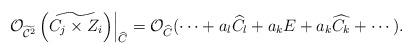
LaTeX: \begin{align*}\left. \mathcal{O}_{\widetilde{\mathcal{C}^{2}}}\left( \widetilde{C_{j}\times Z_{i}}\right) \right\vert _{\widehat{C}}=\mathcal{O}_{\widehat{C}}(\cdots+a_{l}\widehat{C_{l}}+a_{k}E+a_{k}\widehat{C_{k}}+\cdots).\end{align*}